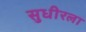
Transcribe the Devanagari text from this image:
सुधीरला